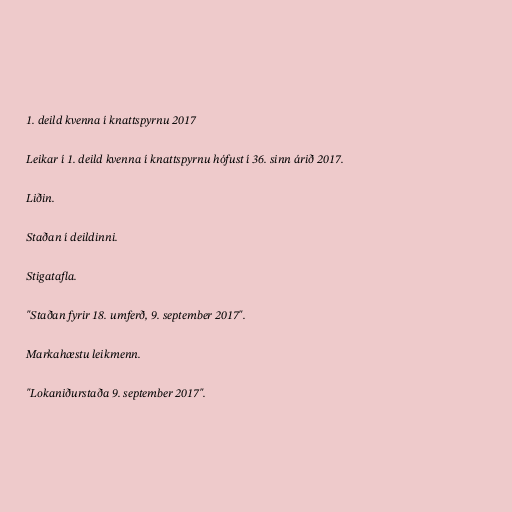
1. deild kvenna í knattspyrnu 2017

Leikar í 1. deild kvenna í knattspyrnu hófust í 36. sinn árið 2017.

Liðin.

Staðan í deildinni.

Stigatafla.

"Staðan fyrir 18. umferð, 9. september 2017".

Markahæstu leikmenn.

"Lokaniðurstaða 9. september 2017".